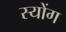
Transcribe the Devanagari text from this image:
स्योंग